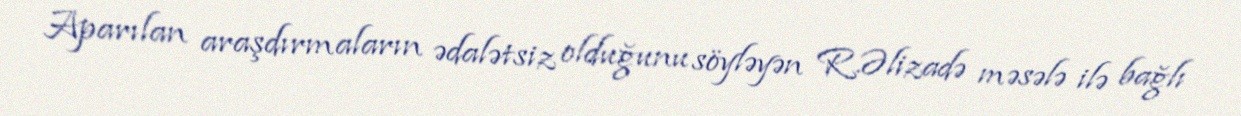
Aparılan araşdırmaların ədalətsiz olduğunu söyləyən R.Əlizadə məsələ ilə bağlı